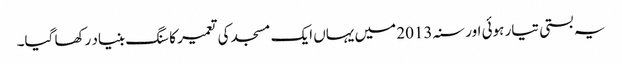
یہ بستی تیار ہوئی اور سنہ 2013 میں یہاں ایک مسجد کی تعمیر کا سنگ بنیاد رکھا گیا۔